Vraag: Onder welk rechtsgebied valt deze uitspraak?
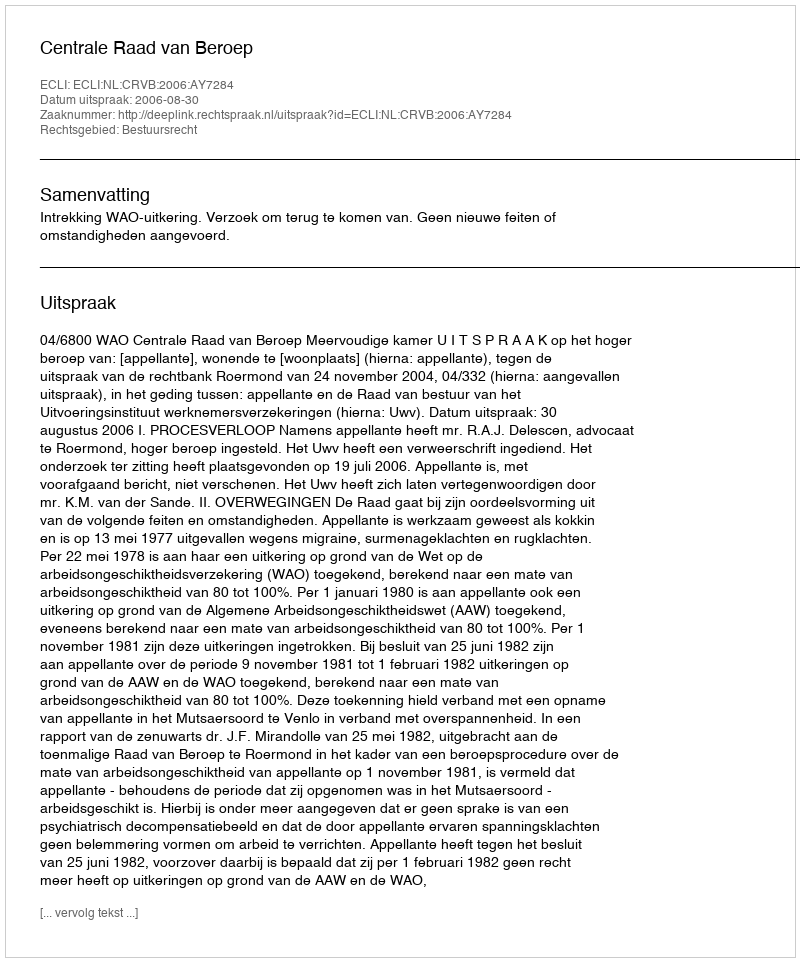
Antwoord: Bestuursrecht